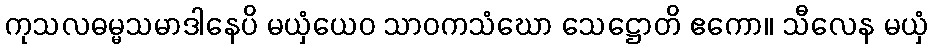
ကုသလဓမ္မသမာဒါနေပိ မယှံယေဝ သာဝကသံဃော သေဋ္ဌောတိ ဧကော။ သီလေန မယှံ